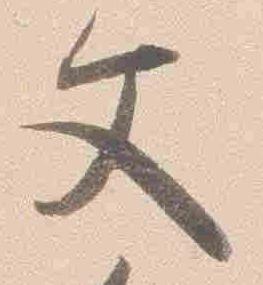
文